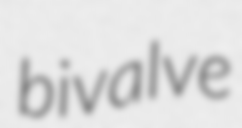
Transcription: bivalve